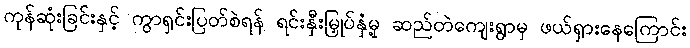
ကုန်ဆုံးခြင်းနှင့် ကွာရှင်းပြတ်စဲရန် ရင်းနှီးမြှုပ်နှံမှု့ ဆည်တဲကျေးရွာမှ ဖယ်ရှားနေကြောင်း